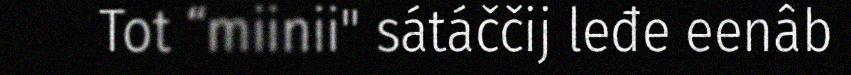
Tot “miinii" sátáččij leđe eenâb